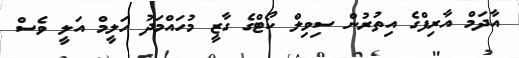
އާދަމް އާރިފްގެ އިތުރުން ސިވިލް ކޯޓްގެ ގާޒީ މުހައްމަދު ހަލީމް އަލީ ވެސް